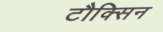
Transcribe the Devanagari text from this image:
टौक्सिन